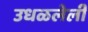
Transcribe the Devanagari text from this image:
उधळलेली